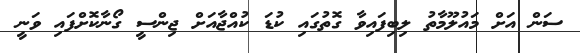
ސަން އަށް މައުލޫމާތު ލިބިފައިވާ ގޮތުގައި ކުޑަ ކުއްޖާއަށް ޖިންސީ ގޯނާކޮށްފައި ވަނީ